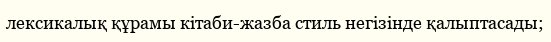
лексикалық құрамы кітаби-жазба стиль негізінде қалыптасады;